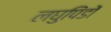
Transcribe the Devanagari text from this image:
लघुपिंडों